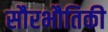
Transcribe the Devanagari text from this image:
सौरभौतिकी